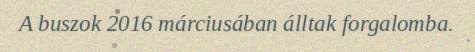
A buszok 2016 márciusában álltak forgalomba.